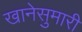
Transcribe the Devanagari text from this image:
खानेसुमारी